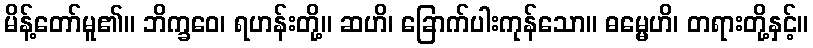
မိန့်တော်မူ၏။ ဘိက္ခဝေ၊ ရဟန်းတို့။ ဆဟိ၊ ခြောက်ပါးကုန်သော။ ဓမ္မေဟိ၊ တရားတို့နှင့်။